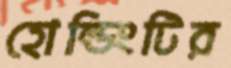
হোল্ডিংটির